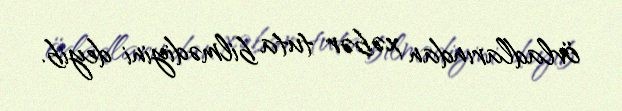
övladlarından xəbər tuta bilmədiyini deyib.